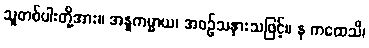
သူတစ်ပါးတို့အား။ အနူကမ္မာယ၊ အစဉ်သနားသဖြင့်။ န ကထေသိ၊